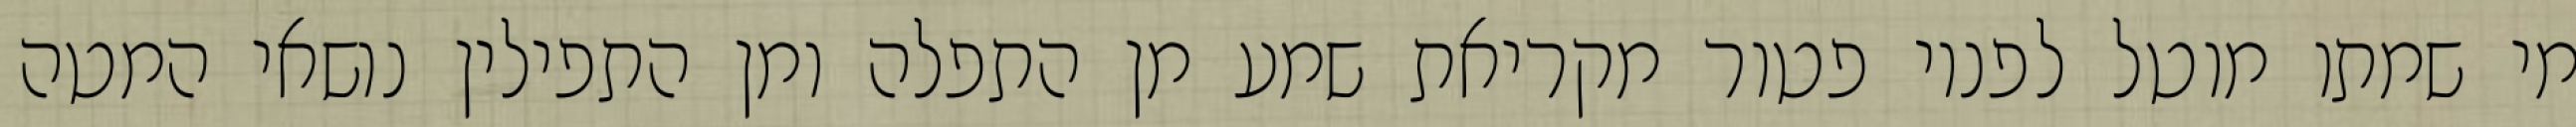
מי שמתו מוטל לפניו פטור מקריאת שמע מן התפלה ומן התפילין נושאי המטה